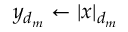
y _ { d _ { m } } \gets | x | _ { d _ { m } }